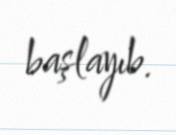
başlayıb.